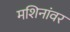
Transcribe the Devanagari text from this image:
मशिनांवर